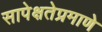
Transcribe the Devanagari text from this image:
सापेक्षतेप्रमाणे